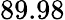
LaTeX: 89.98